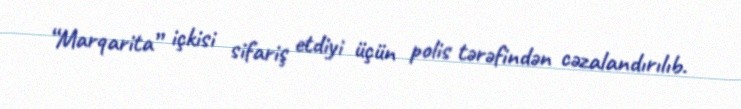
“Marqarita” içkisi sifariş etdiyi üçün polis tərəfindən cəzalandırılıb.